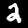
Label: 2